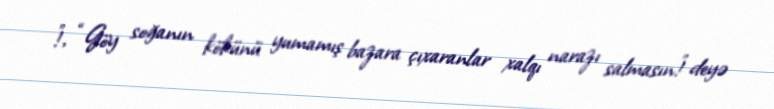
!”, “Göy soğanın kökünü yumamış bazara çıxaranlar xalqı narazı salmasın!” deyə